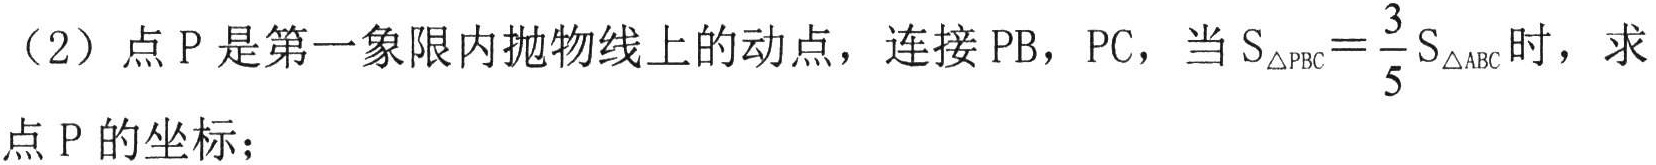
（2）点 \(P\) 是第一象限内抛物线上的动点，连接 \(PB\)，\(PC\)，当 \(S_{\triangle PBC}=\frac{3}{5}S_{\triangle ABC}\) 时，求点 \(P\) 的坐标；